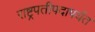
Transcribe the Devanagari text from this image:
राष्ट्रपतीपदापर्यंत